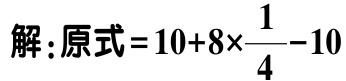
解：原式\(=10 + 8\times\frac{1}{4}-10\)